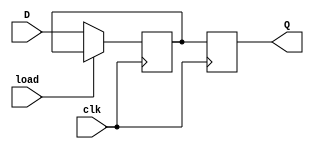
module dff (
    input wire D,
    input wire clk,
    input wire load,
    output reg Q
);

reg stored_value;

always @ (posedge clk) begin
    if (load) begin
        Q <= stored_value;
    end else begin
        stored_value <= D;
        Q <= stored_value;
    end
end

endmodule